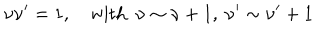
\nu \nu ^ { \prime } = 1 , \mathrm { w i t h } \ \ \nu \sim \nu + 1 , \ \nu ^ { \prime } \sim \nu ^ { \prime } + 1